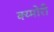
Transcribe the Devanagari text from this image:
क्य्मोरी